Indian journal of veterinary science and animal husbandry - Volumes 18-21, 1948-1951
Year: 1948
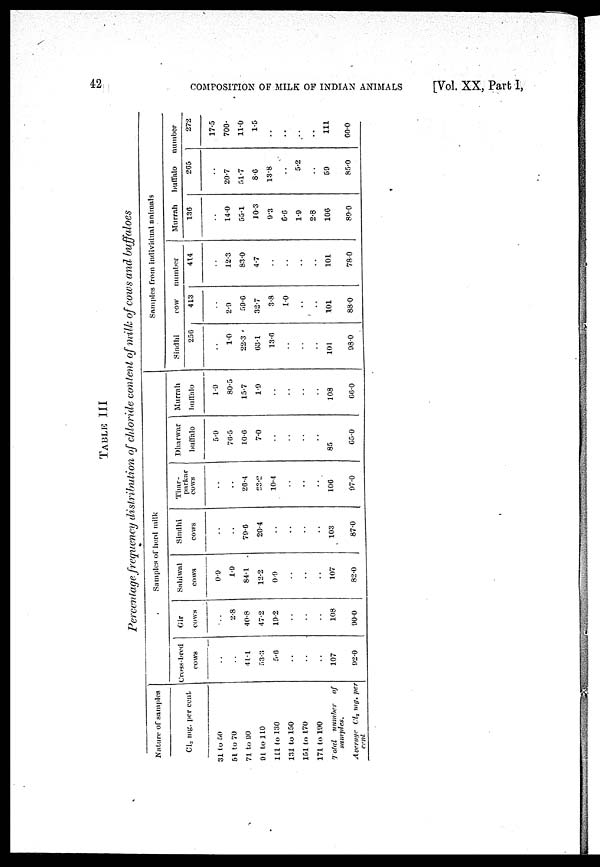
42
COMPOSITION OF MILK OF INDIAN ANIMALS
[Vol. XX, Part I,
TABLE III
Percentage frequency distribution of chloride content of milk of cows and buffaloes
Nature of samples
Cl2 mg. per cent
31 to 50
51 to 70
71 to 90
91 to 110
111 to 130
131 to 150
151 to 170
171 to 190
Total
number
of
samples.
Average
Cl2 mg. per
cent
Samples of herd milk
Cross-bred
cows
..
..
41.1
53.3
5.6
..
..
..
107
92.0
Gir
cows
..
2.8
40.8
47.2
19.2
..
..
..
108
90.0
Sahiwal
cows
0.9
1.9
84.1
12.2
0.9
..
..
..
107
82.0
Sindhi
cows
..
..
79.6
20.4
..
..
..
..
103
87.0
Thar-
parkar
cows
..
..
26.4
63.2
10.4
..
..
..
106
97.0
Dharwar
buffalo
5.9
76.5
10.6
7.0
..
..
..
..
85
65.0
Murrah
buffalo
1.9
80.5
15.7
1.9
..
..
..
..
108
66.0
Samples from individual animals
Sindhi
256
..
1.0
22.3
63.1
13.6
..
..
..
101
98.0
cow
413
..
2.9
59.6
32.7
3.8
1.0
..
..
101
88.0
number
414
..
12.3
83.0
4.7
..
..
..
..
101
78.0
Murrah
136
..
14.0
55.1
10.3
9.3
6.6
1.9
2.8
106
89.0
buffalo
265
..
20.7
51.7
8.6
13.8
..
5.2
..
59
85.0
number
272
17.5
700.
11.0
1.5
..
..
..
..
111
60.0